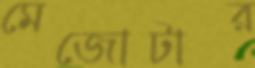
মেজোটার